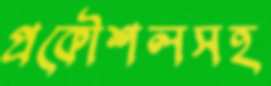
প্রকৌশলসহ